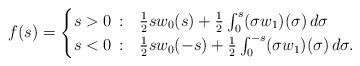
LaTeX: \begin{align*}f(s) =\begin{cases}s >0\,: & \frac{1}{2} s w_{0} (s) + \frac{1}{2} \int_{0}^{s} (\sigma w_{1})(\sigma) \, d \sigma \\s< 0\,: & \frac{1}{2} s w_{0} (-s) + \frac{1}{2} \int_{0}^{-s} (\sigma w_{1}) (\sigma) \, d \sigma.\end{cases}\end{align*}